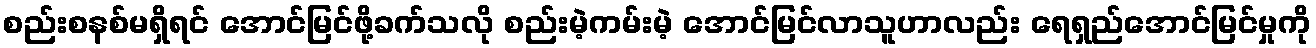
စည်းစနစ်မရှိရင် အောင်မြင်ဖို့ခက်သလို စည်းမဲ့ကမ်းမဲ့ အောင်မြင်လာသူဟာလည်း ရေရှည်အောင်မြင်မှုကို